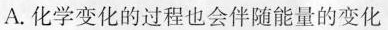
A.化学变化的过程也会伴随能量的变化